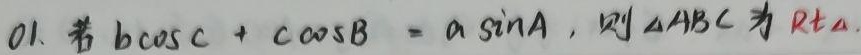
01. 若$b\cos C + c\cos B = a\sin A$，则$\triangle ABC$为$Rt\triangle$.